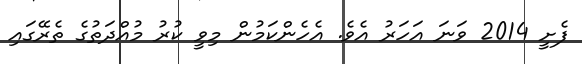
ފެށީ 2014 ވަނަ އަހަރު އެވެ. އެހެންކަމުން މިވީ ކުރު މުއްދަތުގެ ތެރޭގައި